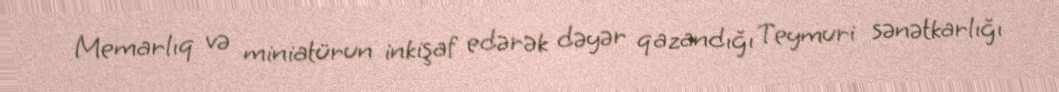
Memarlıq və miniatürun inkişaf edərək dəyər qazandığı Teymuri sənətkarlığı